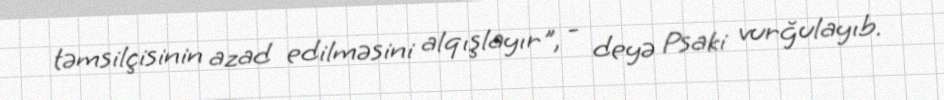
təmsilçisinin azad edilməsini alqışlayır", - deyə Psaki vurğulayıb.